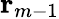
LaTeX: \mathbf{r}_{m-1}